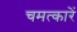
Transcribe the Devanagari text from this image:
चमत्कारें